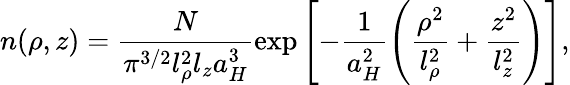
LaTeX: n(\mathbf{\rho},z)=\frac{N}{\pi^{3/2}l_{\rho}^{2}l_{z}a_{H}^{3}}\exp\left[-\frac{1}{a_{H}^{2}}\left(\frac{\rho^{2}}{l_{\rho}^{2}}+\frac{z^{2}}{l_{z}^{2}}\right)\right],